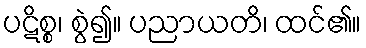
ပဋိစ္စ၊ စွဲ၍။ ပညာယတိ၊ ထင်၏။